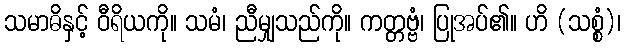
သမာဓိနှင့် ဝီရိယကို။ သမံ၊ ညီမျှသည်ကို။ ကတ္တဗ္ဗံ၊ ပြုအပ်၏။ ဟိ (သစ္စံ)၊